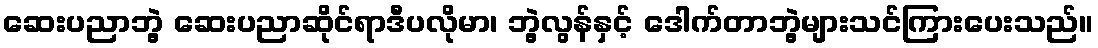
ဆေးပညာဘွဲ့ ဆေးပညာဆိုင်ရာဒီပလိုမာ၊ ဘွဲ့လွန်နှင့် ဒေါက်တာဘွဲ့များသင်ကြားပေးသည်။